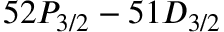
5 2 P _ { 3 / 2 } - 5 1 D _ { 3 / 2 }